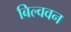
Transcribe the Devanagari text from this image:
बिल्ववन